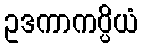
ဥဒကာကပ္ပိယံ